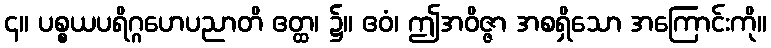
၄။ ပစ္စယပရိဂ္ဂဟေပညာတိ ဧတ္ထ၊ ၌။ ဧဝံ၊ ဤအဝိဇ္ဇာ အစရှိသော အကြောင်းကို။